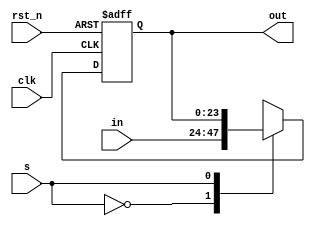
module REG24_hold(clk,rst_n,in,out,s);
parameter N=24;
input clk,s,rst_n;
input signed [N-1:0] in;
output signed [N-1:0] out;
reg signed [N-1:0] in_wire;
reg signed [N-1:0] out;
always @ (*)
begin
    case(s)
    1'b0:in_wire <= in;
    1'b1:in_wire <= out;
    endcase
end
always @ (posedge clk or negedge rst_n)
begin
    if (!rst_n) out <= {N{1'b0}};
    else out <= in_wire;
end
endmodule